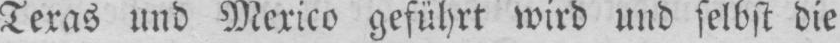
Texas und Mexico geführt wird und selbst die